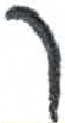
אות: ך